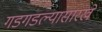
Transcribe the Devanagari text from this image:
गडगडल्यासारखे